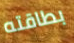
بطاقته